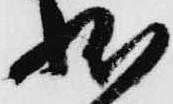
状